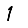
Digit: 1